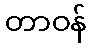
တာဝန်